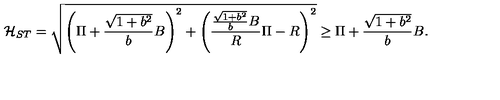
{ \cal H } _ { S T } = \sqrt { \left( \Pi + \frac { \sqrt { 1 + b ^ { 2 } } } { b } B \right) ^ { 2 } + \left( \frac { \frac { \sqrt { 1 + b ^ { 2 } } } { b } B } { R } \Pi - R \right) ^ { 2 } } \geq \Pi + \frac { \sqrt { 1 + b ^ { 2 } } } { b } B .